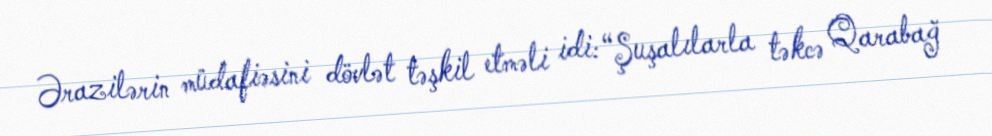
Ərazilərin müdafiəsini dövlət təşkil etməli idi: “Şuşalılarla təkcə Qarabağ